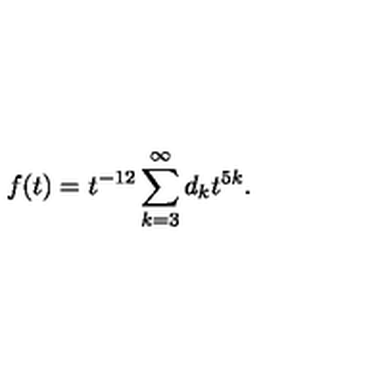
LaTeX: f ( t ) = t ^ { - 1 2 } \sum _ { k = 3 } ^ { \infty } d _ { k } t ^ { 5 k } .